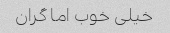
خیلی خوب اما گران